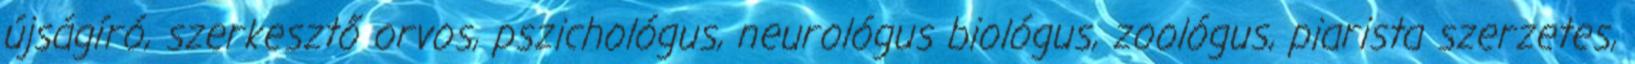
újságíró, szerkesztő orvos, pszichológus, neurológus biológus, zoológus, piarista szerzetes,